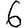
Digit: 6